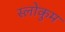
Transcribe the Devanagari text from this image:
स्लोकुम